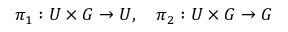
\pi _ { 1 } : U \times G \to U , \quad \pi _ { 2 } : U \times G \to G